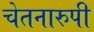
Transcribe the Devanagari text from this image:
चेतनारुपी